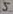
Text: 5